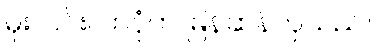
မိုးလင်းလာပုံက မြန်ဆန်လှသည်။